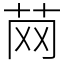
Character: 䒽